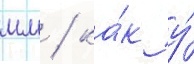
мм / ка́к у́